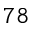
7 8